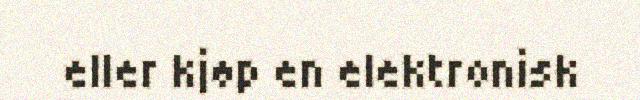
eller kjøp en elektronisk